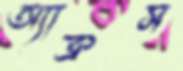
অ্যাক্রস